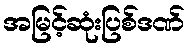
အမြင့်ဆုံးပြစ်ဒဏ်